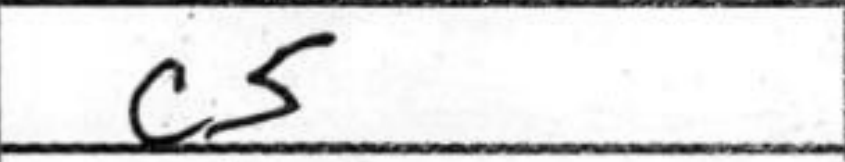
Transcription: c5